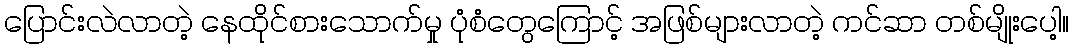
ပြောင်းလဲလာတဲ့ နေထိုင်စားသောက်မှု ပုံစံတွေကြောင့် အဖြစ်များလာတဲ့ ကင်ဆာ တစ်မျိုးပေါ့။